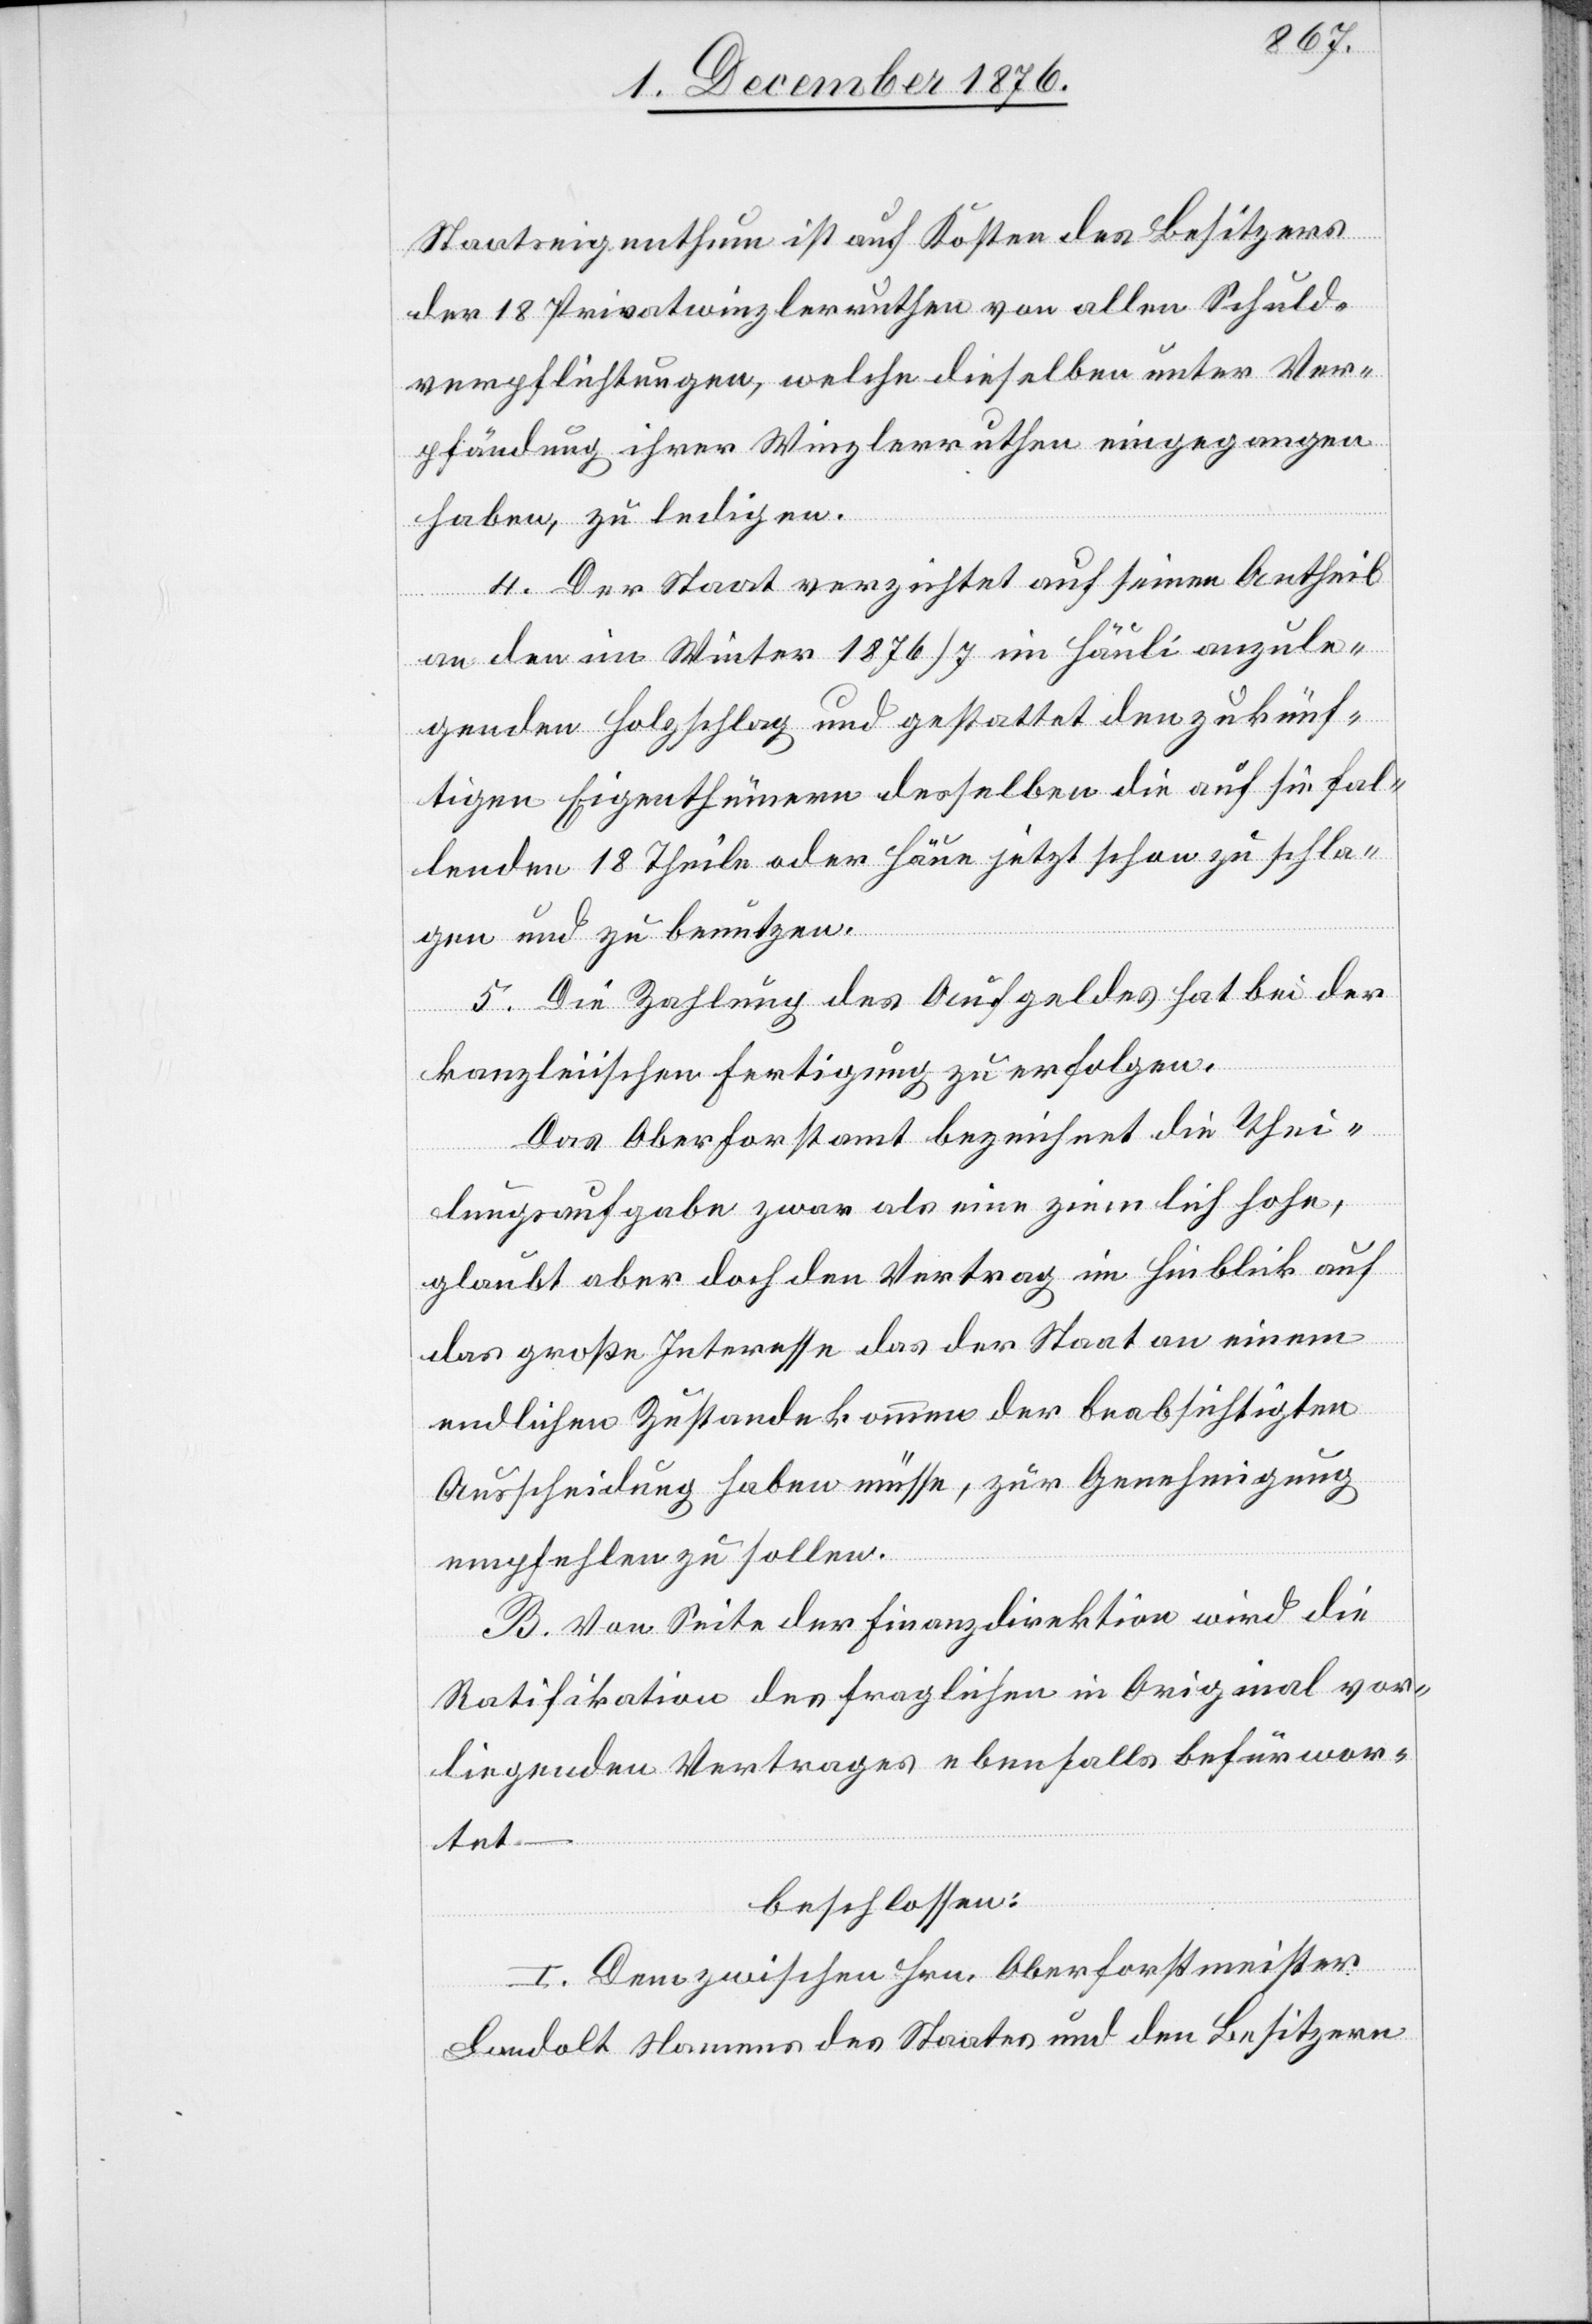
Staatseigenthum ist auf Kosten des Besitzers
der 18 Privatwinzlerruthen von allen Schuld¬
verpflichtungen, welche dieselben unter Ver¬
pfändung ihrer Winzlerruthen eingegangen
haben, zu ledigen.
4. Der Staat verzichtet auf seinen Antheil
an den im Winter 1876/7 im Häuli anzule¬
genden Holzschlag und gestattet den zukünf¬
tigen Eigenthümern desselben die auf sie fal¬
lenden 18 Theile oder Häue jetzt schon zu schla¬
gen und zu benutzen.
5. Die Zahlung des Aufgeldes hat bei der
kanzleiischen Fertigung zu erfolgen.
Das Oberforstamt bezeichnet die Thei¬
lungsaufgabe zwar als eine ziemlich hohe,
glaubt aber doch den Vertrag im Hinblick auf
das große Interesse das der Staat an einem
endlichen Zustandekommen der beabsichtigten
Ausscheidung haben müsse, zur Genehmigung
empfehlen zu sollen.
B. Von Seite der Finanzdirektion wird die
Ratifikation des fraglichen in Original vor¬
liegenden Vertrages ebenfalls befürwor¬
tet.
beschlossen:
I. Dem zwischen Hrn. Oberforstmeister
Landolt Namens des Staates und den Besitzern